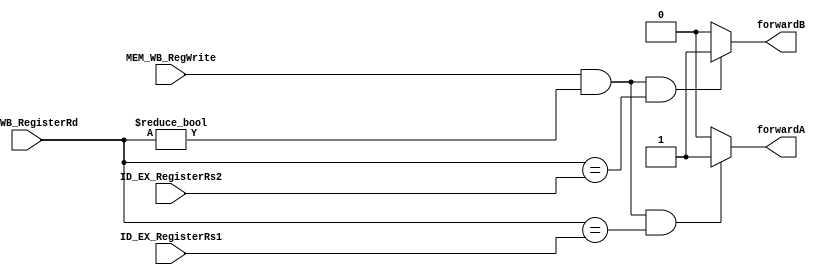
`timescale 1ns / 1ps

module ForwardingUnit(input [4:0] ID_EX_RegisterRs1, ID_EX_RegisterRs2,  MEM_WB_RegisterRd, input
  MEM_WB_RegWrite , output reg forwardA, forwardB   );

always@(*)begin
if (( MEM_WB_RegWrite == 1 && (MEM_WB_RegisterRd != 0)
&& (MEM_WB_RegisterRd == ID_EX_RegisterRs1) ))  // forward from memwb
    forwardA = 1;
else forwardA = 0;

if (( MEM_WB_RegWrite == 1 && (MEM_WB_RegisterRd != 0)
&& (MEM_WB_RegisterRd == ID_EX_RegisterRs2) ))  // forward from memwb
    forwardB = 1;
else forwardB = 0;

end
endmodule